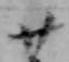
廿